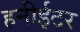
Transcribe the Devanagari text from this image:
हनीईटर